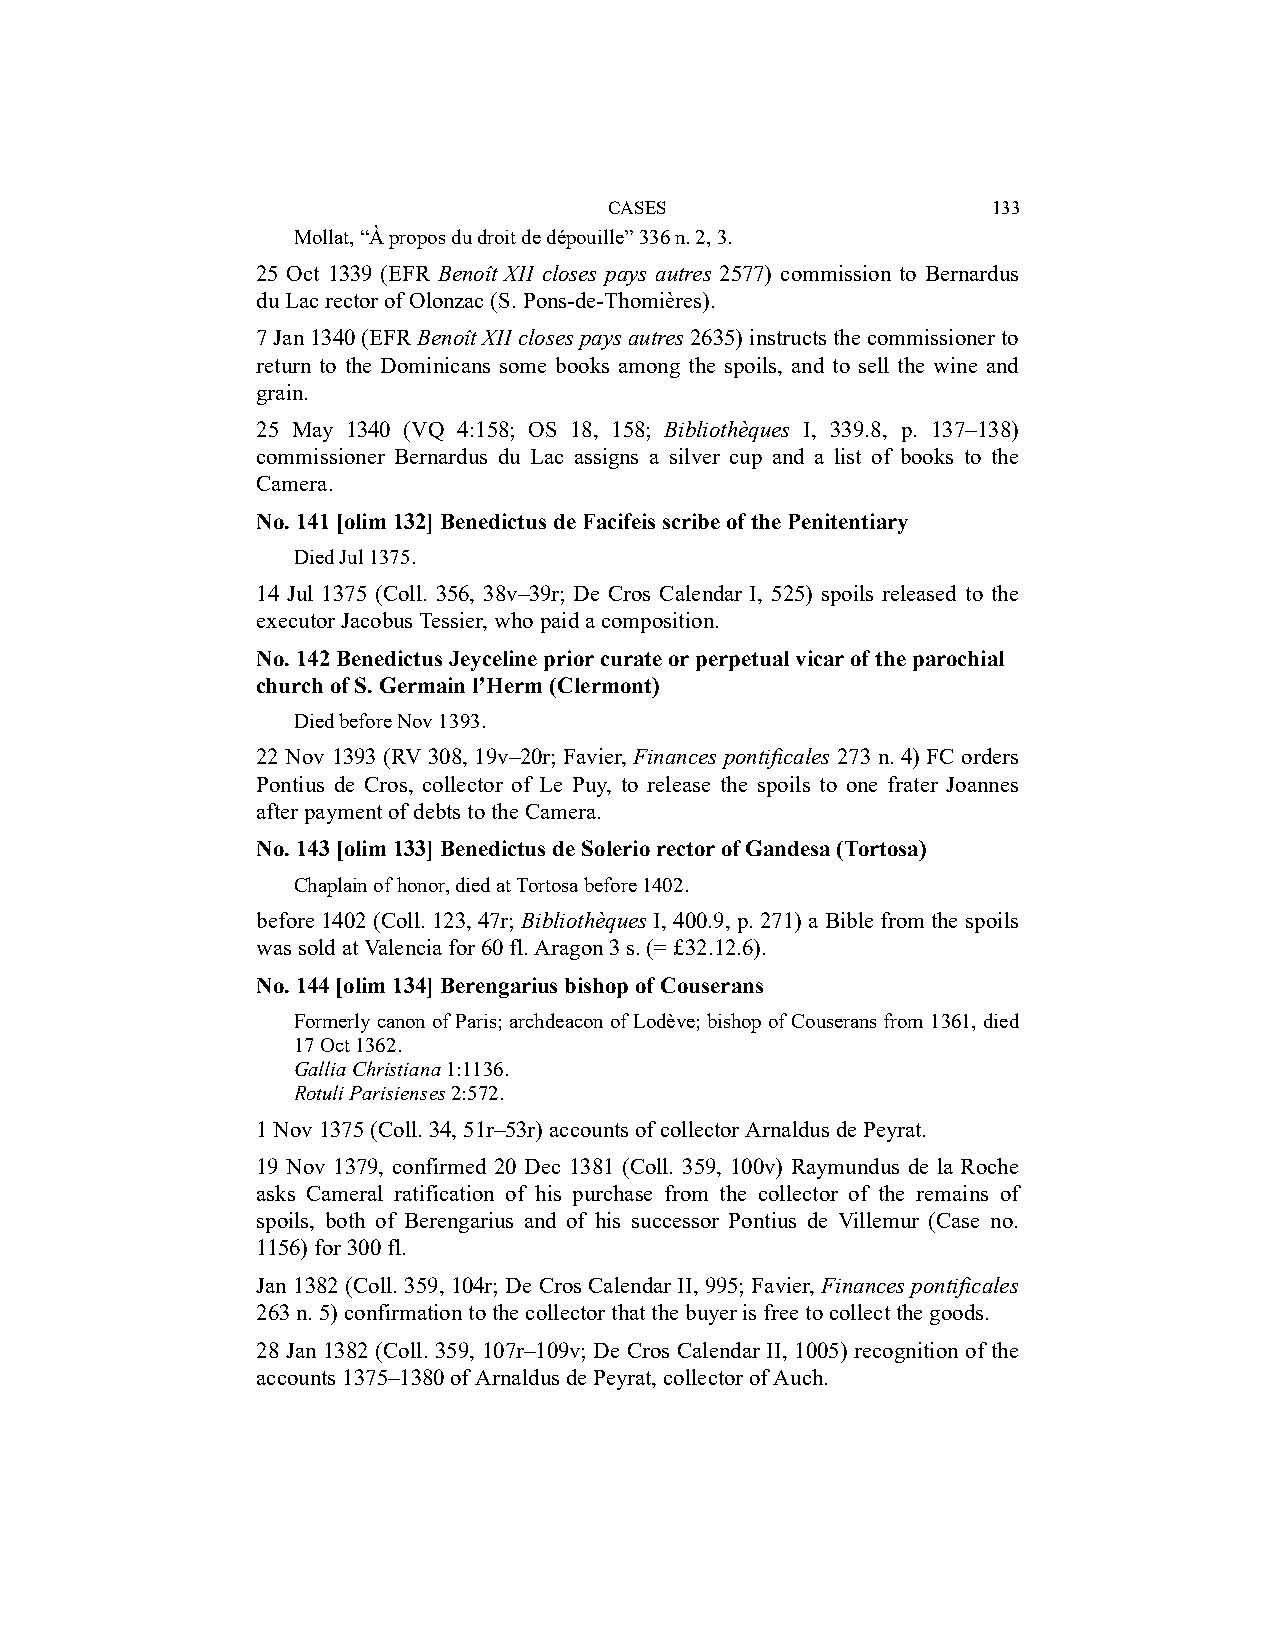
CASES                     133
 Mollat, “À propos du droit de dépouille” 336 n. 2, 3.
 25 Oct 1339 (EFR Benoît XII closes pays autres 2577) commission to Bernardus
 du Lac rector of Olonzac (S. Pons-de-Thomières).
 7 Jan 1340 (EFR Benoît XII closes pays autres 2635) instructs the commissioner to
 return to the Dominicans some books among the spoils, and to sell the wine and
 grain.
 25 May 1340 (VQ 4:158; OS 18, 158; Bibliothèques I, 339.8, p. 137–138)
 commissioner Bernardus du Lac assigns a silver cup and a list of books to the
 Camera.
 No. 141 [olim 132] Benedictus de Facifeis scribe of the Penitentiary
 Died Jul 1375.
 14 Jul 1375 (Coll. 356, 38v–39r; De Cros Calendar I, 525) spoils released to the
 executor Jacobus Tessier, who paid a composition.
 No. 142 Benedictus Jeyceline prior curate or perpetual vicar of the parochial
 church of S. Germain l’Herm (Clermont)
 Died before Nov 1393.
 22 Nov 1393 (RV 308, 19v–20r; Favier, Finances pontificales 273 n. 4) FC orders
 Pontius de Cros, collector of Le Puy, to release the spoils to one frater Joannes
 after payment of debts to the Camera.
 No. 143 [olim 133] Benedictus de Solerio rector of Gandesa (Tortosa)
 Chaplain of honor, died at Tortosa before 1402.
 before 1402 (Coll. 123, 47r; Bibliothèques I, 400.9, p. 271) a Bible from the spoils
 was sold at Valencia for 60 fl. Aragon 3 s. (= £32.12.6).
 No. 144 [olim 134] Berengarius bishop of Couserans
 Formerly canon of Paris; archdeacon of Lodève; bishop of Couserans from 1361, died
 17 Oct 1362.
 Gallia Christiana 1:1136.
 Rotuli Parisienses 2:572.
 1 Nov 1375 (Coll. 34, 51r–53r) accounts of collector Arnaldus de Peyrat.
 19 Nov 1379, confirmed 20 Dec 1381 (Coll. 359, 100v) Raymundus de la Roche
 asks Cameral ratification of his purchase from the collector of the remains of
 spoils, both of Berengarius and of his successor Pontius de Villemur (Case no.
 1156) for 300 fl.
 Jan 1382 (Coll. 359, 104r; De Cros Calendar II, 995; Favier, Finances pontificales
 263 n. 5) confirmation to the collector that the buyer is free to collect the goods.
 28 Jan 1382 (Coll. 359, 107r–109v; De Cros Calendar II, 1005) recognition of the
 accounts 1375–1380 of Arnaldus de Peyrat, collector of Auch.